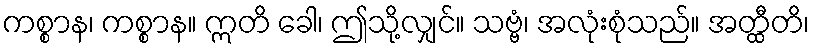
ကစ္စာန၊ ကစ္စာန။ ဣတိ ခေါ၊ ဤသို့လျှင်။ သဗ္ဗံ၊ အလုံးစုံသည်။ အတ္ထီတိ၊